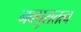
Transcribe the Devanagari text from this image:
नवपुरातत्व